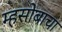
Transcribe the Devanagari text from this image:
म्हसोबाचा